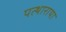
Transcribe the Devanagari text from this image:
पत्थाराया